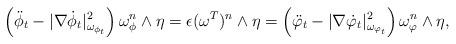
LaTeX: \begin{align*} \left(\ddot{\phi}_t-|\nabla \dot{\phi}_t|^2_{\omega_{\phi_t}}\right)\omega_\phi^n \wedge \eta=\epsilon (\omega^T)^n\wedge \eta=\left(\ddot{\varphi}_t-|\nabla \dot{\varphi}_t|^2_{\omega_{\varphi_t}}\right)\omega_\varphi^n \wedge \eta,\end{align*}